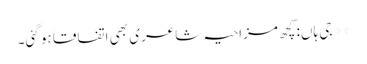
** جی ہاں: کچھ مزاحیہ شاعری بھی اتفاقاََ ہو گئی۔